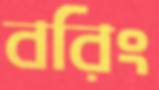
বরিং